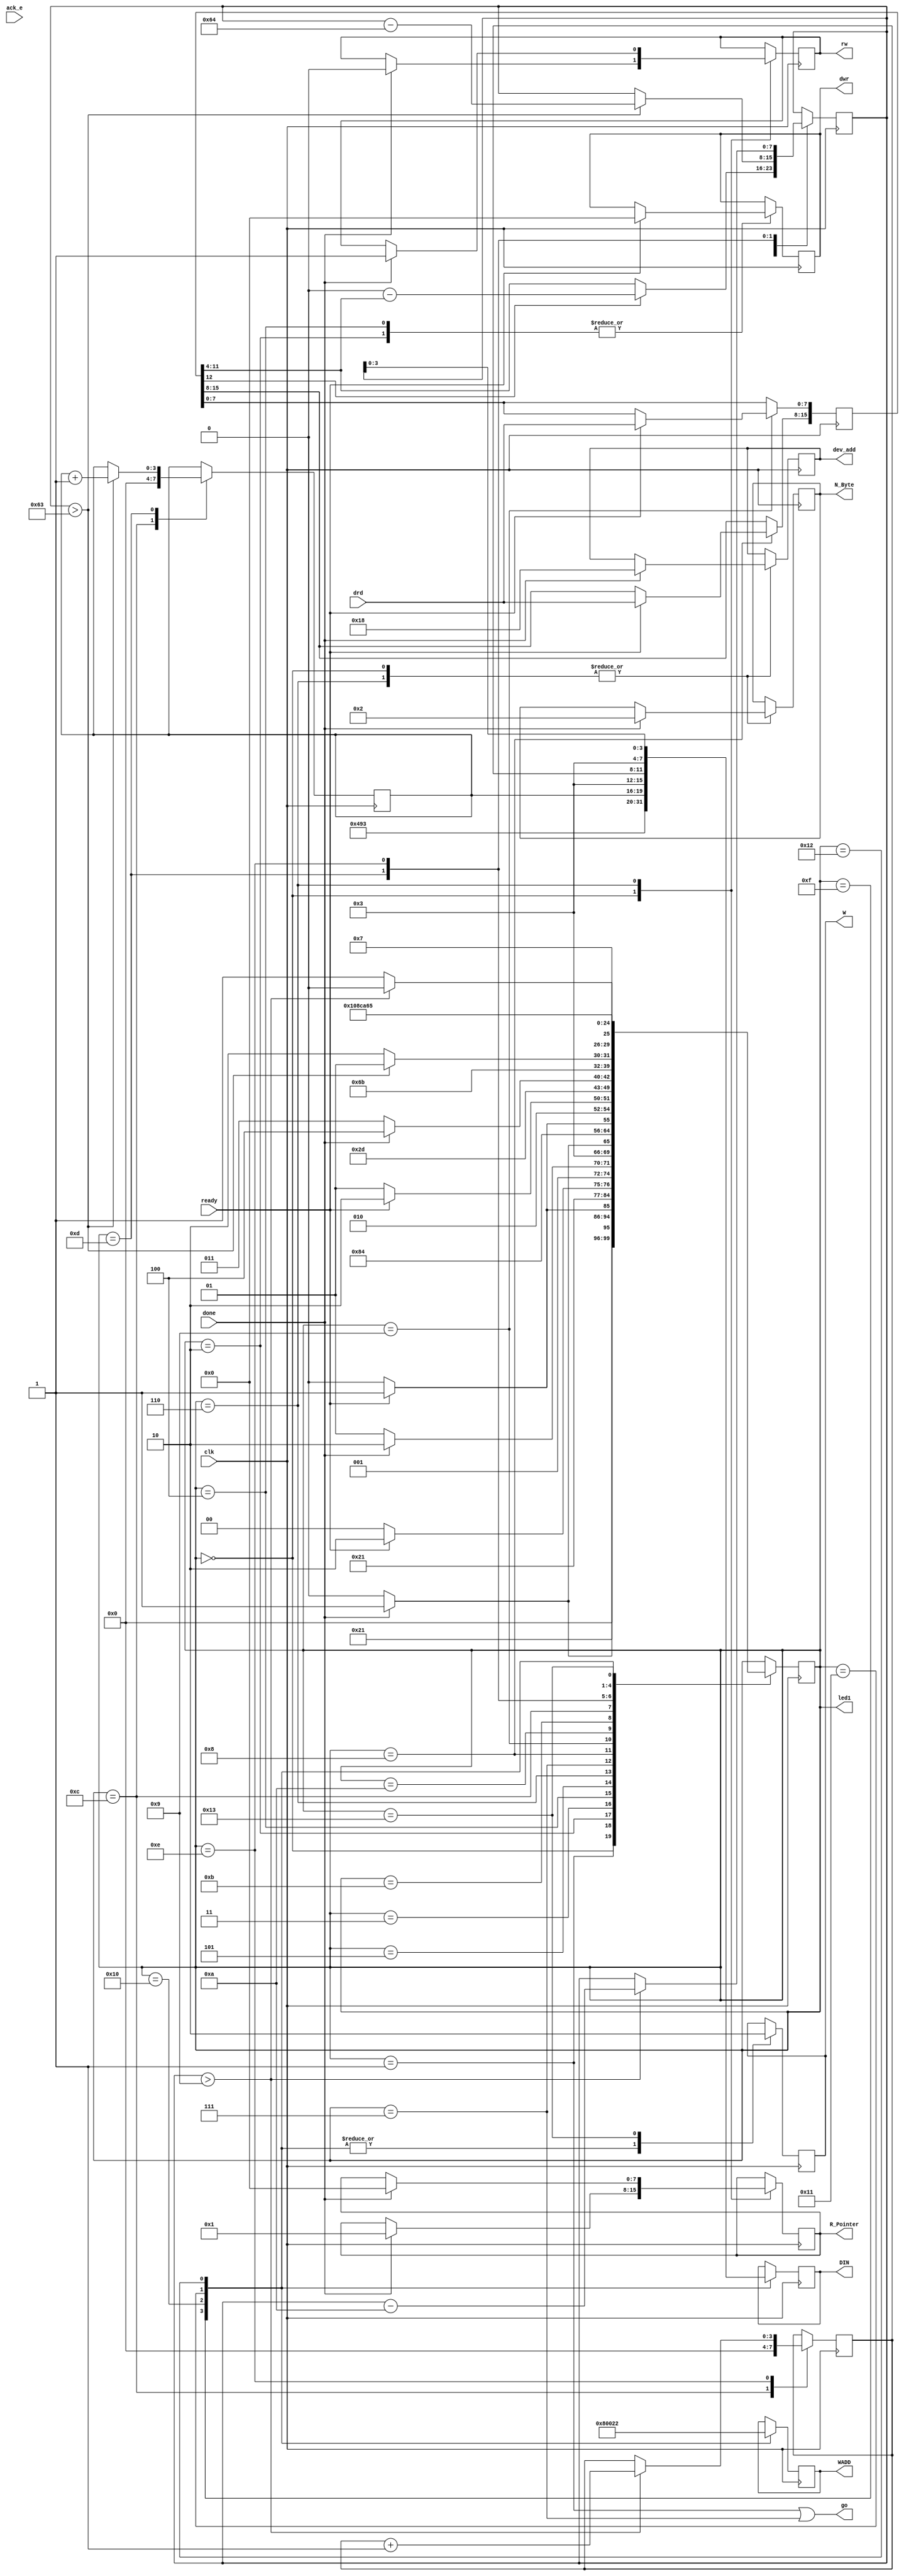
module controller(clk,done,ready,drd,ack_e,go, rw, N_Byte, dev_add, dwr, R_Pointer,W,WADD,DIN,led1);
input ready, done,ack_e;
input clk;
input [7:0] drd;
output go;
output reg W;
output reg [4:0] WADD;
output reg [7:0]DIN;
output [4:0] led1;
output reg rw;
output reg [5:0] N_Byte=0;
output reg [6:0] dev_add=0;
output reg [7:0] dwr=0;
output reg [7:0] R_Pointer =8'b00000101;
reg reset=0;
reg [7:0] conifg_second_byte=0,conifg_first_byte=0, Temp_R_add=0;
reg [7:0] T=0;
reg [7:0] Conf_R_add=8'b00000001;
reg [6:0] device_address=7'b0011000;
reg [3:0] D1t,D2t=0;
reg [15:0]data=0 ;
//LCDI Initials
//do we need dataout and control?


reg [4:0] state=0;
initial begin 
	W<=0;
end



//binary to BCD
// Internal variable for storing bits
	reg [3:0] hundreds;
   reg [3:0] tens;
   reg [3:0] ones;
   reg [19:0] shift;
   integer i; 

  /* always @(drd)
   begin
      // Clear previous number and store new number in shift register
      shift[19:8] = 0;
      shift[7:0] = drd;
      
      // Loop eight times
      for (i=0; i<8; i=i+1) begin
         if (shift[11:8] >= 5)
            shift[11:8] = shift[11:8] + 3;
            
         if (shift[15:12] >= 5)
            shift[15:12] = shift[15:12] + 3;
            
         if (shift[19:16] >= 5)
            shift[19:16] = shift[19:16] + 3;
         
         // Shift entire register left once
         shift = shift << 1;
      end
      
      // Push decimal numbers to output
      hundreds = shift[19:16];
      tens     = shift[15:12];
      ones     = shift[11:8];
   end
*/
wire go;
assign go = (state == 1 || state==7 ); //added new
assign led1=state;
always @(posedge clk)

if( reset)begin
state<=0; 
end// if reset
else
	case(state)
	//s0
	0: begin 
				if(done)begin
				rw<=0; N_Byte<=2; R_Pointer<=Conf_R_add; dev_add<=7'b0011_000; state<=1; //go to next state:go
			end
			//else done
			else state<=0;
	end //case0
	//S1
	1: begin  state<=2; end //go to next state:S2
	//S2
	2: begin if(ready)begin
				dwr<=conifg_first_byte; state<=3; //go to next state:S3
				//conifg_first_byte is 0 in the begining
			end
			//else done
			else state<=2;
	end //case2
	//S3
	3: begin  state<=4; end  //go to next state:S4
	//S4
	4: begin  if(ready)begin
				dwr<=conifg_second_byte; state<=6; //go to next state:S5
			end
			//else done
			else state<=4; //go back to S4
	end //case4
	//S5
	5: begin 
			if(done)begin
				state<=6; //go to next state:S6
			end
			//else done
			else state<=5; //go back to S5
	end //case5
	//S6
	6: begin  
			if(done)begin
				rw<=1; N_Byte<=2; R_Pointer<=Temp_R_add; dev_add<=7'b0011_000; state<=7; //go to next state:S7
			end
			//else done
			else state<=6; //go back to S6
	end //case6
	//S7
	7: begin  state<=8; end  //go to next state:S8
	//S8
	8: begin  
			if(ready)begin
				data[15:8]<=drd; state<=9; //go to next state:S9
			end
			//else done
			else state<=8; //go back to S8
	end //case8
	//S9
	9: begin 
			if(ready)begin
				data[7:0]<=drd; state<=10; //go to next state:S10
			end
			//else done
			else state<=9; //go back to S9
	end //case9
	//S10
	10: begin  
			if(data[12])begin
				T<=256-data[11:4]; state<=11; //go to next state:S11
				//T<=8'd125; state<=11; //go to next state:S11
			end
			//else done
			else begin
				T<=data[11:4]; state<=11; //go to next state:S11
				//T<=8'd125; state<=11; //testing
			end //else ready
	end //case10
	//S11
	11: begin  
			if(done)begin
				state<=12;
			end //if done
			else begin
				state<=11;
			end //else done
	end //case11
	//S12
	12:begin
		D1t<=0; D2t<=0; state<=13;
		//Convert T to BCD and display it
		//W<=1; WADD<=5'b00000; DIN<={tens,ones}; W<=0;
		//testing LCD
		//W<=1; WADD<=5'b000000; DIN=8'h4C; W<=0;
	end //case12
	//S13
	13: begin
		if(T>99)begin D2t<=D2t+1; T<=T-100; state<=13; end
		else state<=14;
	end //case13
	
	//S14
	14: begin
		if(T>9)begin D1t<=D1t+1; T<=T-10; state<=14; end
		else state<=15;
	end //caste14
	//S15
	15: begin W<=1; DIN<=8'b01001001; WADD<=5'b10000; state<=16; end

	//S16
	16: begin W<=1; DIN<={4'b0011,D2t}; WADD<=5'b000000; state<=17; end

	//S17
	17: begin W<=1; DIN<={4'b0011,D1t}; WADD<=5'b000001; state<=18; end

	18: begin W<=1; DIN<={4'b0011,T[3:0]}; WADD<=5'b000010; state<=19;end
	//S19
	19: begin W<=0; state<=5;end
	endcase


endmodule